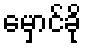
မှောင်ခို